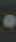
.